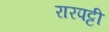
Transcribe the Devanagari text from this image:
रारपट्टी